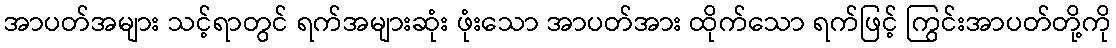
အာပတ်အများ သင့်ရာတွင် ရက်အများဆုံး ဖုံးသော အာပတ်အား ထိုက်သော ရက်ဖြင့် ကြွင်းအာပတ်တို့ကို